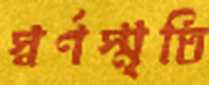
স্বর্ণস্মৃতি